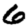
Digit: 6